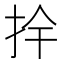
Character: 𭠛